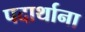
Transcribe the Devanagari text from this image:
पदार्थाना